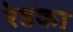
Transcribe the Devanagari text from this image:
रेडका